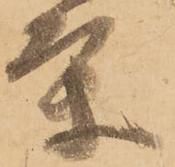
条